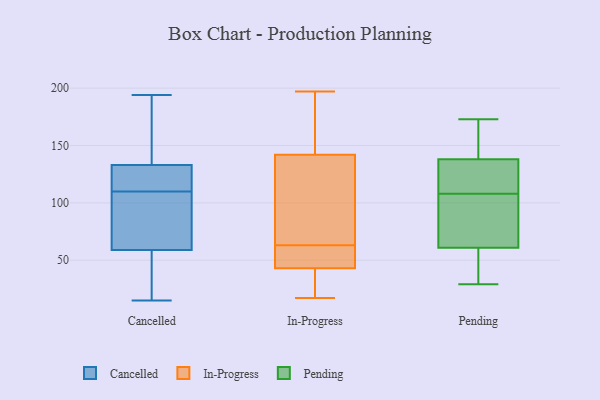
{"axis": {"x": "Budget (USD K)", "y": "Value"}, "legend": ["Cancelled", "In-Progress", "Pending"], "data": [{"x": "", "y": 110, "type": "Cancelled"}, {"x": "", "y": 152, "type": "Cancelled"}, {"x": "", "y": 148, "type": "Cancelled"}, {"x": "", "y": 82, "type": "Cancelled"}, {"x": "", "y": 29, "type": "Cancelled"}, {"x": "", "y": 113, "type": "Cancelled"}, {"x": "", "y": 128, "type": "Cancelled"}, {"x": "", "y": 69, "type": "Cancelled"}, {"x": "", "y": 100, "type": "Cancelled"}, {"x": "", "y": 17, "type": "Cancelled"}, {"x": "", "y": 15, "type": "Cancelled"}, {"x": "", "y": 194, "type": "Cancelled"}, {"x": "", "y": 112, "type": "Cancelled"}, {"x": "", "y": 130, "type": "In-Progress"}, {"x": "", "y": 63, "type": "In-Progress"}, {"x": "", "y": 37, "type": "In-Progress"}, {"x": "", "y": 43, "type": "In-Progress"}, {"x": "", "y": 40, "type": "In-Progress"}, {"x": "", "y": 50, "type": "In-Progress"}, {"x": "", "y": 196, "type": "In-Progress"}, {"x": "", "y": 17, "type": "In-Progress"}, {"x": "", "y": 142, "type": "In-Progress"}, {"x": "", "y": 197, "type": "In-Progress"}, {"x": "", "y": 63, "type": "In-Progress"}, {"x": "", "y": 62, "type": "In-Progress"}, {"x": "", "y": 194, "type": "In-Progress"}, {"x": "", "y": 91, "type": "In-Progress"}, {"x": "", "y": 165, "type": "Pending"}, {"x": "", "y": 112, "type": "Pending"}, {"x": "", "y": 138, "type": "Pending"}, {"x": "", "y": 104, "type": "Pending"}, {"x": "", "y": 61, "type": "Pending"}, {"x": "", "y": 81, "type": "Pending"}, {"x": "", "y": 131, "type": "Pending"}, {"x": "", "y": 63, "type": "Pending"}, {"x": "", "y": 173, "type": "Pending"}, {"x": "", "y": 48, "type": "Pending"}, {"x": "", "y": 29, "type": "Pending"}, {"x": "", "y": 144, "type": "Pending"}, {"x": "", "y": 36, "type": "Pending"}, {"x": "", "y": 122, "type": "Pending"}]}